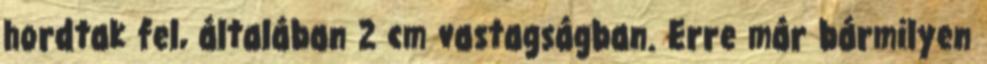
hordtak fel, általában 2 cm vastagságban. Erre már bármilyen